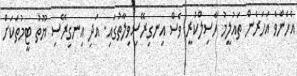
އެހެންވެ އަހަރެން ތައުލީމު ހާސިލްކުރީ ވެސް އިނގިރޭސިވިލާތުގައި. އަދި އިނގިރޭސި ޔޫތު ޓީމުތަކަށް